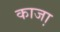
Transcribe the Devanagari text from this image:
काजा़